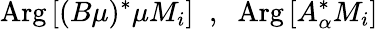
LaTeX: \mathrm{Arg}\left[(B\mu)^{*}\mu M_{i}\right]\; \; ,\; \; \mathrm{Arg}\left[A_{\alpha}^{*}M_{i}\right]